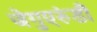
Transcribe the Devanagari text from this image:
जेगुएरुंडी